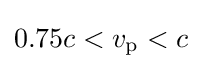
0.75c<v_{\text{p}}<c